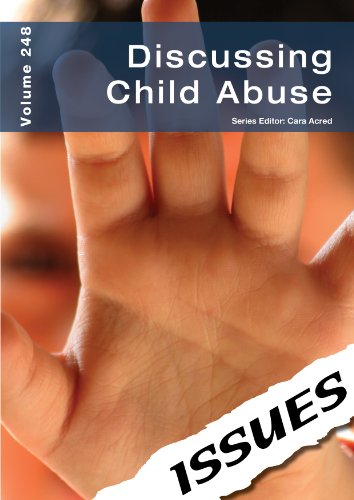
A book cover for Discussing Child Abuse (Issues Series); Teen & Young Adult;